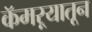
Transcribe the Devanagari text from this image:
कॅमऱ्यातून